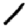
Digit: 1